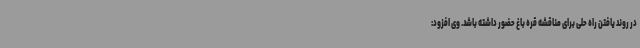
در روند یافتن راه حلی برای مناقشه قره باغ حضور داشته باشد. وی افزود:‌